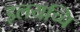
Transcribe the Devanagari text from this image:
इलयच्चि